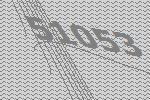
51053